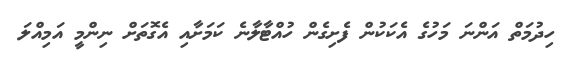
ހިދުމަތް އަންނަ މަހުގެ އެކަކުން ފެށިގެން ހުއްޓާލާނެ ކަމަށާއި އެގޮތަށް ނިންމީ އަމިއްލަ